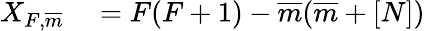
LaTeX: \begin{array}{rl}{X_{F,\overline{{m}}}}&{{}=F(F+1)-\overline{{m}}(\overline{{m}}+[N])}\end{array}